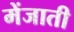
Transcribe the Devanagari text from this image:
मेंजाती